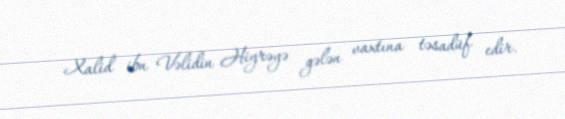
Xalid ibn Vəlidin Hiyrəyə gələn vaxtına təsadüf edir.